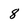
Character: 8